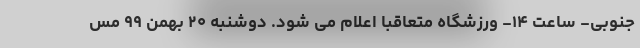
جنوبی- ساعت ۱۴- ورزشگاه متعاقباً اعلام می شود. دوشنبه ۲۰ بهمن ۹۹ مس